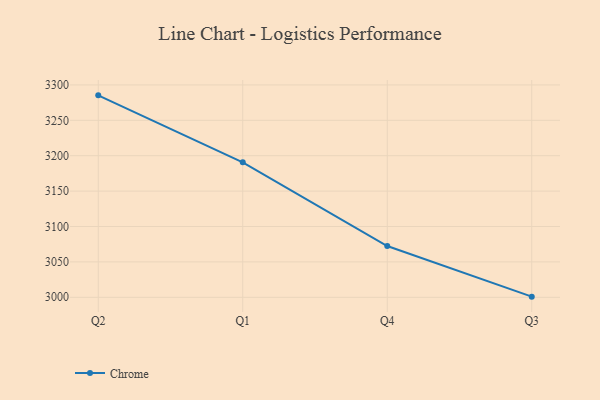
{"axis": {"x": "Quarter", "y": "Customer Acquisition Cost (USD)"}, "legend": ["Chrome"], "data": [{"x": "Q2", "y": 3285.3, "type": "Chrome"}, {"x": "Q1", "y": 3190.7, "type": "Chrome"}, {"x": "Q4", "y": 3072.4, "type": "Chrome"}, {"x": "Q3", "y": 3000.9, "type": "Chrome"}]}